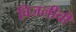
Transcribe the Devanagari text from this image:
विजलीची